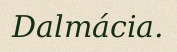
Dalmácia.